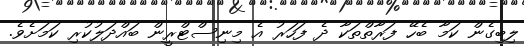
ލިބިގެން ކަމާ ބެހޭ ފަރާތްތަކާ ދެ ފަހަރު އެ މިނިސްޓްރީން ބައްދަލުކުރި ކަމަށެވެ.